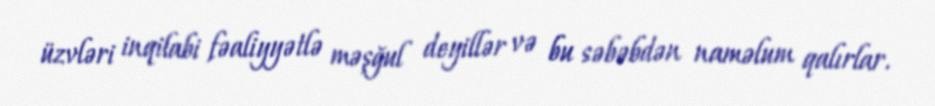
üzvləri inqilabi fəaliyyətlə məşğul deyillər və bu səbəbdən naməlum qalırlar.